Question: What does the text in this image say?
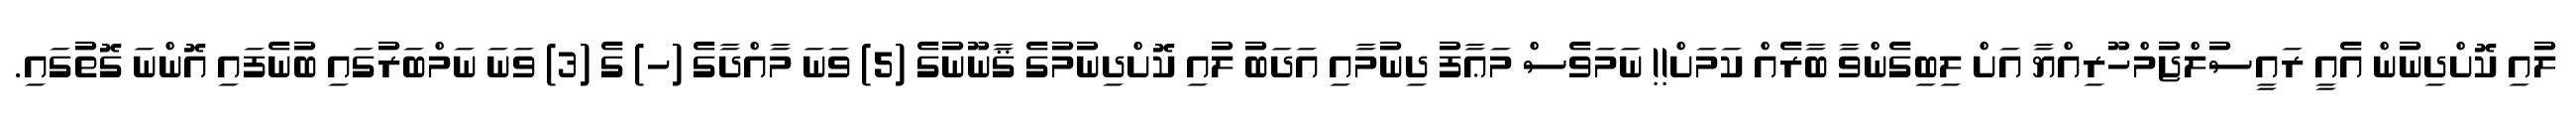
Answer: ލުއި ކޮށްދިނުން އެއީ ރައީސުލްޖުމްހޫރިއްޔާ އަށް ލިބިގެންވާ ބާރެއް ކަމަށް!! ނަމަވެސް މަޢާފު ދިނުމާއި އަދަބު ލުއި ކޮށްދިނުމުގެ ޤާނޫނުގެ (5) ވަނަ މާއްދާގެ (ހ) ގެ (3) ވަނަ ނަމްބަރުގައި ބުނެފައި އޮންނަ ގޮތުގައި.